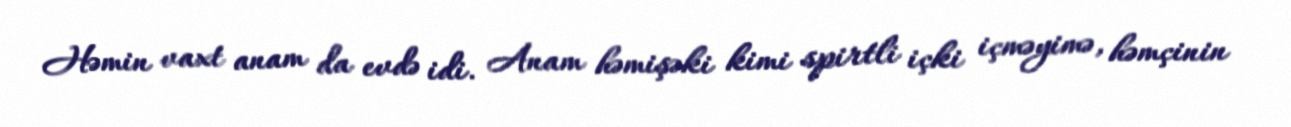
Həmin vaxt anam da evdə idi. Anam həmişəki kimi spirtli içki içməyimə, həmçinin